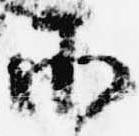
承